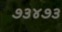
૭૩૪૭૩